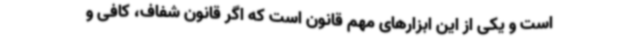
است و یکی از این ابزارهای مهم قانون است که اگر قانون شفاف، کافی و